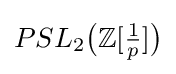
PSL_{2}{\bigl (}\mathbb {Z} [{\tfrac {1}{p}}]{\bigr )}